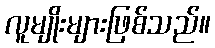
လူမျိုးများဖြစ်သည်။